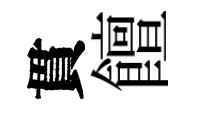
貫饘